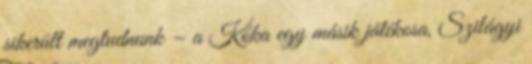
sikerült megtudnunk – a Kóka egy másik játékosa, Szilágyi